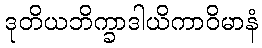
ဒုတိယဘိက္ခာဒါယိကာဝိမာနံ